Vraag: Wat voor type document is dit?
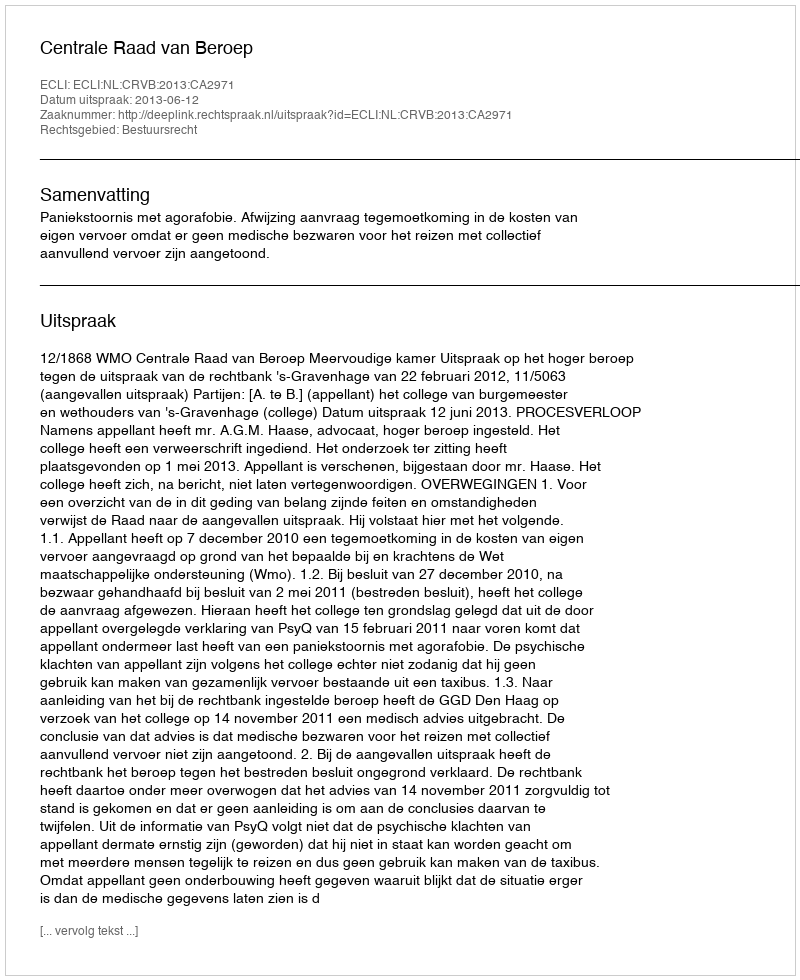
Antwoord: Uitspraak